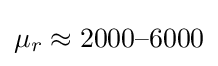
\mu _{r}\approx 2000{\text{–}}6000